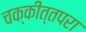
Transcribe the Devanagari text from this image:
चक्कीत्तपरा